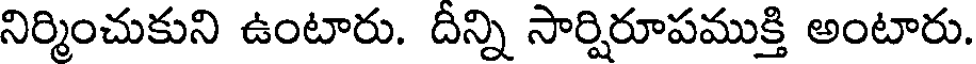
నిర్మించుకుని ఉంటారు. దిన్ని సార్షిరూపముక్తి అంటారు.